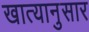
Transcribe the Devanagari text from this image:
खात्यानुसार